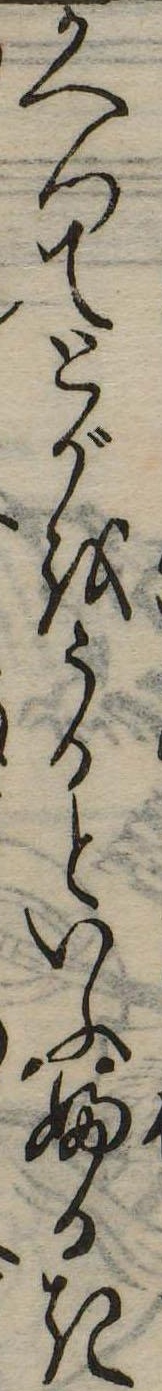
かへつてとがをうるといふふるき